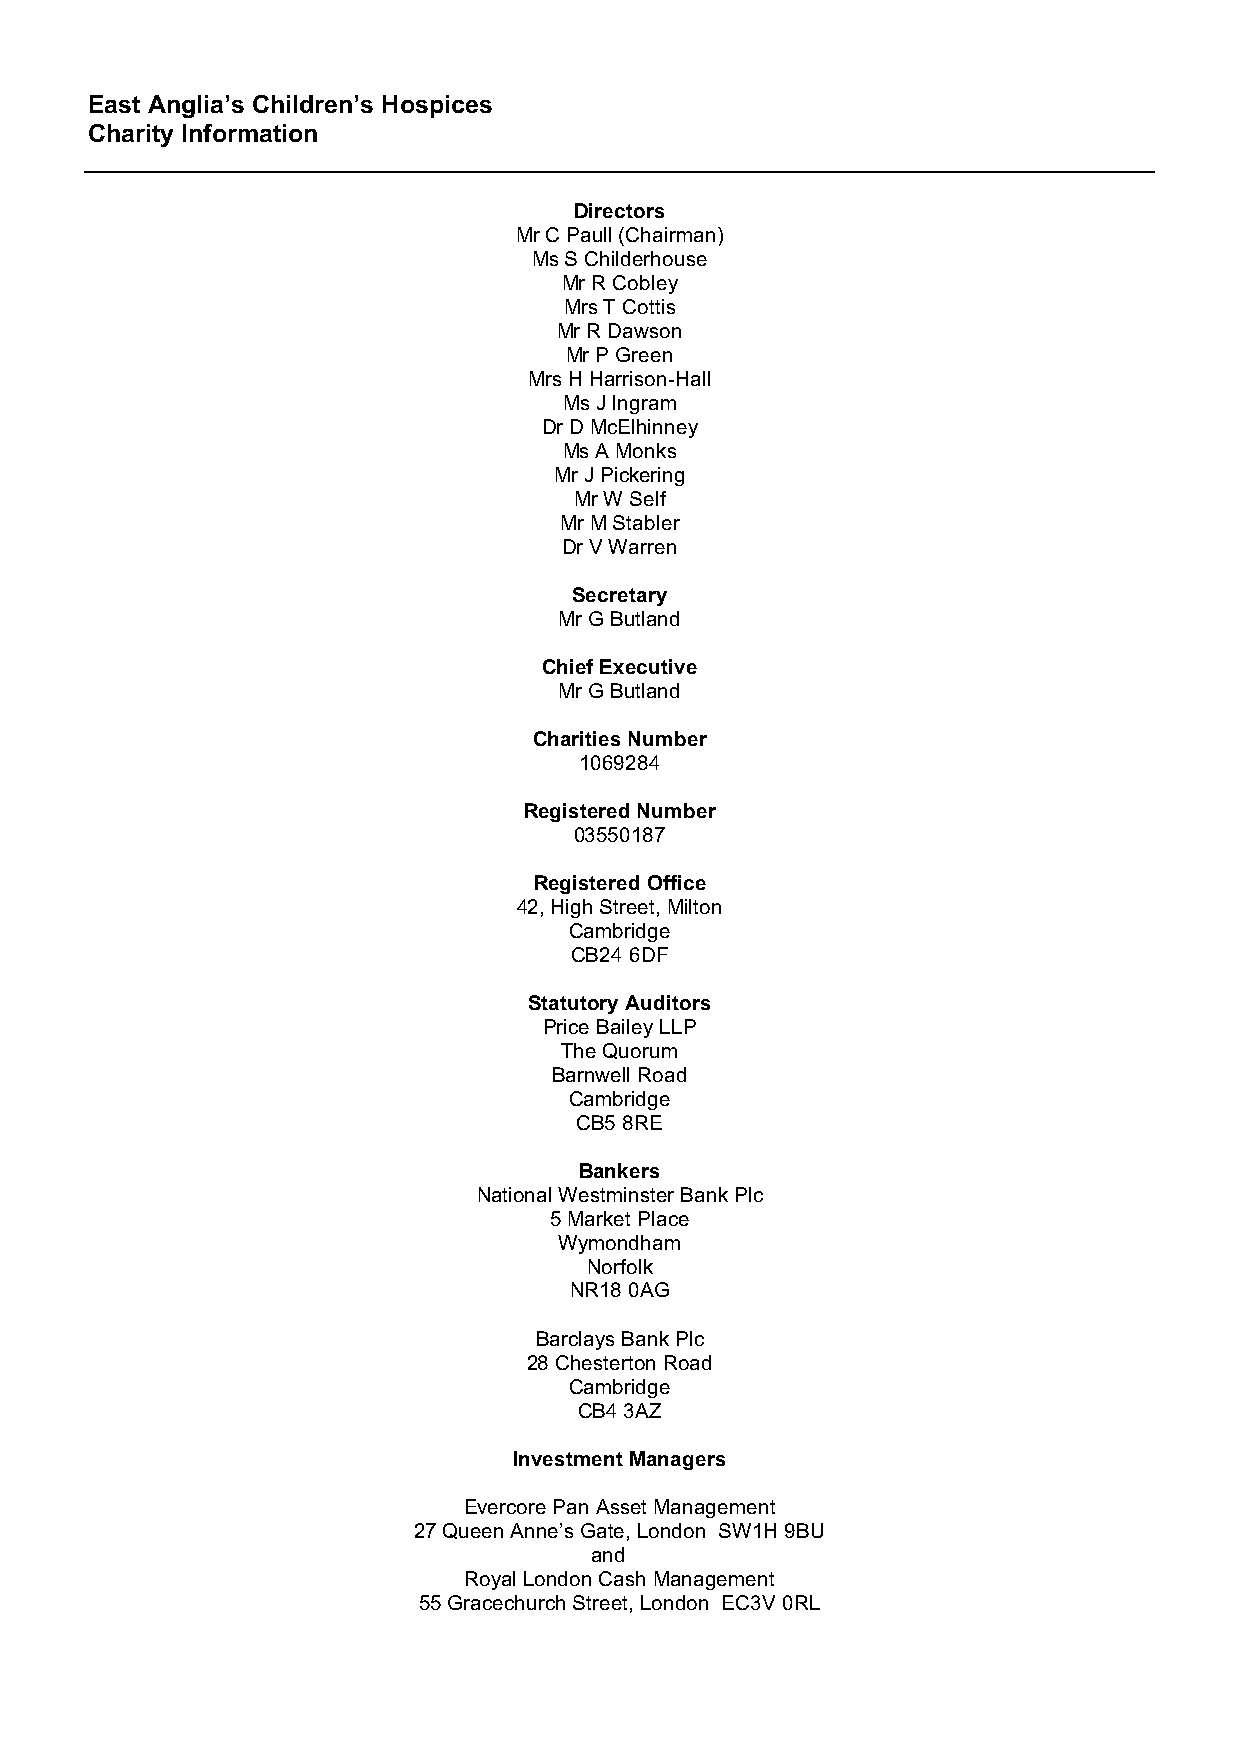
East Anglia’s Children’s Hospices
 Charity Information
 Directors
 Mr C Paull (Chairman)
 Ms S Childerhouse
 Mr R Cobley
 Mrs T Cottis
 Mr R Dawson
 Mr P Green
 Mrs H Harrison-Hall
 Ms J Ingram
 Dr D McElhinney
 Ms A Monks
 Mr J Pickering
 Mr W Self
 Mr M Stabler
 Dr V Warren
 Secretary
 Mr G Butland
 Chief Executive
 Mr G Butland
 Charities Number
 1069284
 Registered Number
 03550187
 Registered Office
 42, High Street, Milton
 Cambridge
 CB24 6DF
 Statutory Auditors
 Price Bailey LLP
 The Quorum
 Barnwell Road
 Cambridge
 CB5 8RE
 Bankers
 National Westminster Bank Plc
 5 Market Place
 Wymondham
 Norfolk
 NR18 0AG
 Barclays Bank Plc
 28 Chesterton Road
 Cambridge
 CB4 3AZ
 Investment Managers
 Evercore Pan Asset Management
 27 Queen Anne’s Gate, London SW1H 9BU
 and
 Royal London Cash Management
 55 Gracechurch Street, London EC3V 0RL